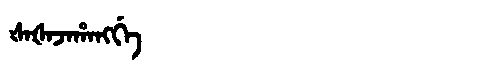
Manchu: ᡧᠠᡧᠠᠵᠠᡥᠠᠩᡤᡝ
Romanization: ŠAŠAJAHANGGE